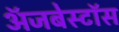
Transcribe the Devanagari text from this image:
ॲजबेस्टॉस